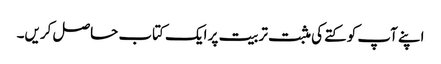
اپنے آپ کو کتے کی مثبت تربیت پر ایک کتاب حاصل کریں۔